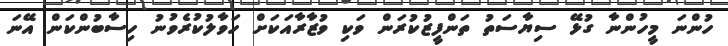
ހުންނަ މީހުންނާ ގުޅޭ ސިޔާސަތު ތަންފީޒުކުރަން ވަކި ވުޒާރާއަކަށް ހަވާލުކުރެވުނު ހިސާބުންކަން އޭނަ